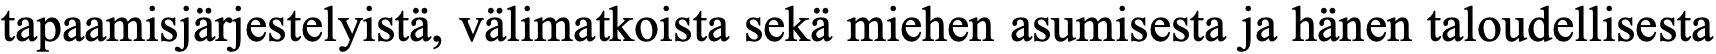
tapaamisjärjestelyistä, välimatkoista sekä miehen asumisesta ja hänen taloudellisesta